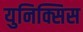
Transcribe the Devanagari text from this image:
युनिक्सिस